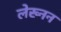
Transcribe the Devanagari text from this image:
लेख्नन